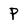
Character: P